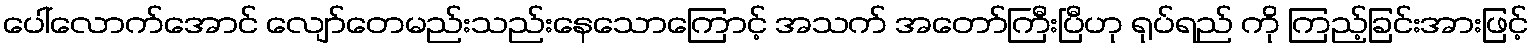
ပေါ်လောက်အောင် လျော်တေမည်းသည်းနေသောကြောင့် အသက် အတော်ကြီးပြီဟု ရုပ်ရည် ကို ကြည့်ခြင်းအားဖြင့်